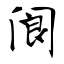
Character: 阆